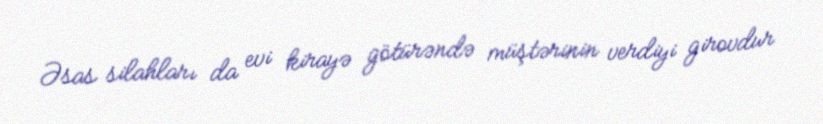
Əsas silahları da evi kirayə götürəndə müştərinin verdiyi girovdur